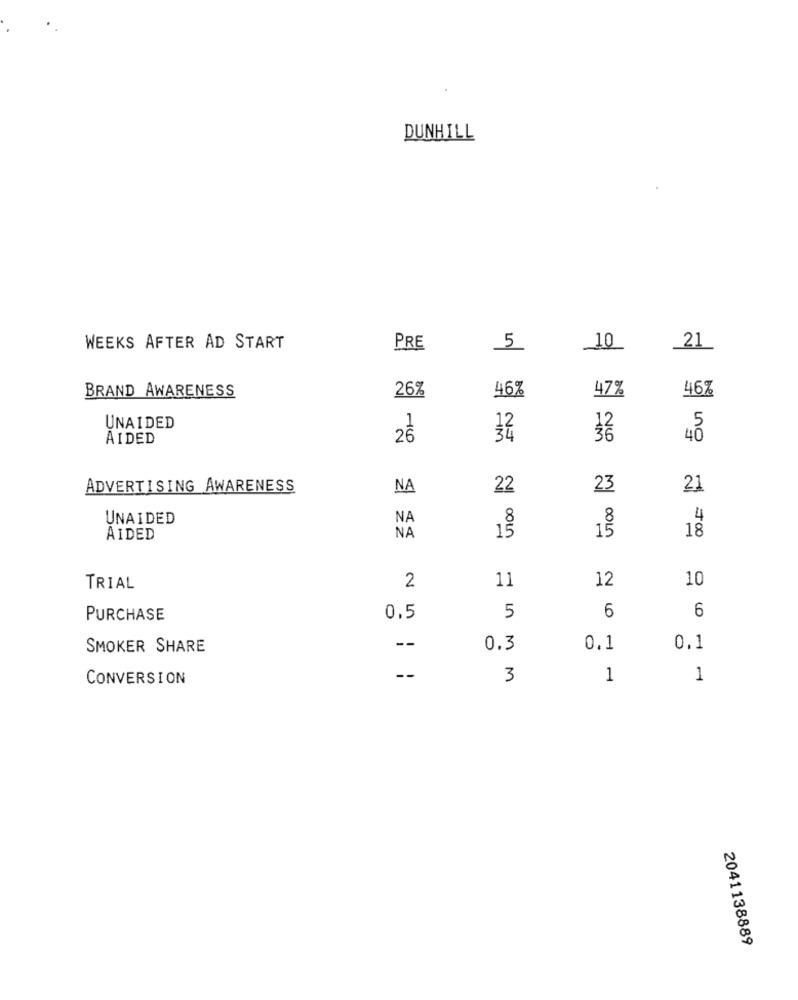
DUNHILL
WEEKS AFTER AD START
PRE
5
10
_21
46%
47%
BRAND AWARENESS
26%
46%
UNAIDED
AIDED
26
34
36
4 5
ADVERTISING AWARENESS
NA
22
23
21
UNAIDED
NA
8
4
12
18
AIDED
NA
15
2
12
10
TRIAL
11
PURCHASE
0.5
5
6
6
SMOKER SHARE
--
0.3
0.1
0.1
CONVERSION
--
3
1
1
2041138889